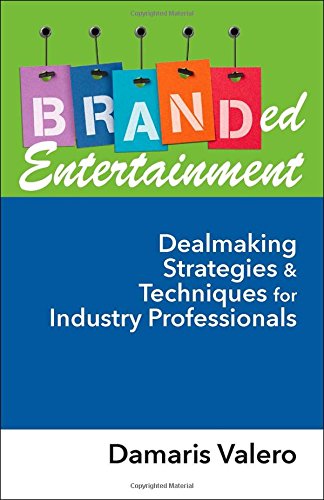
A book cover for Branded Entertainment: Dealmaking Strategies & Techniques for Industry Professionals; Damaris Valero; Law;